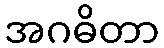
အဂဓိတာ